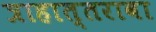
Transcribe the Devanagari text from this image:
त्राहात्तरावा